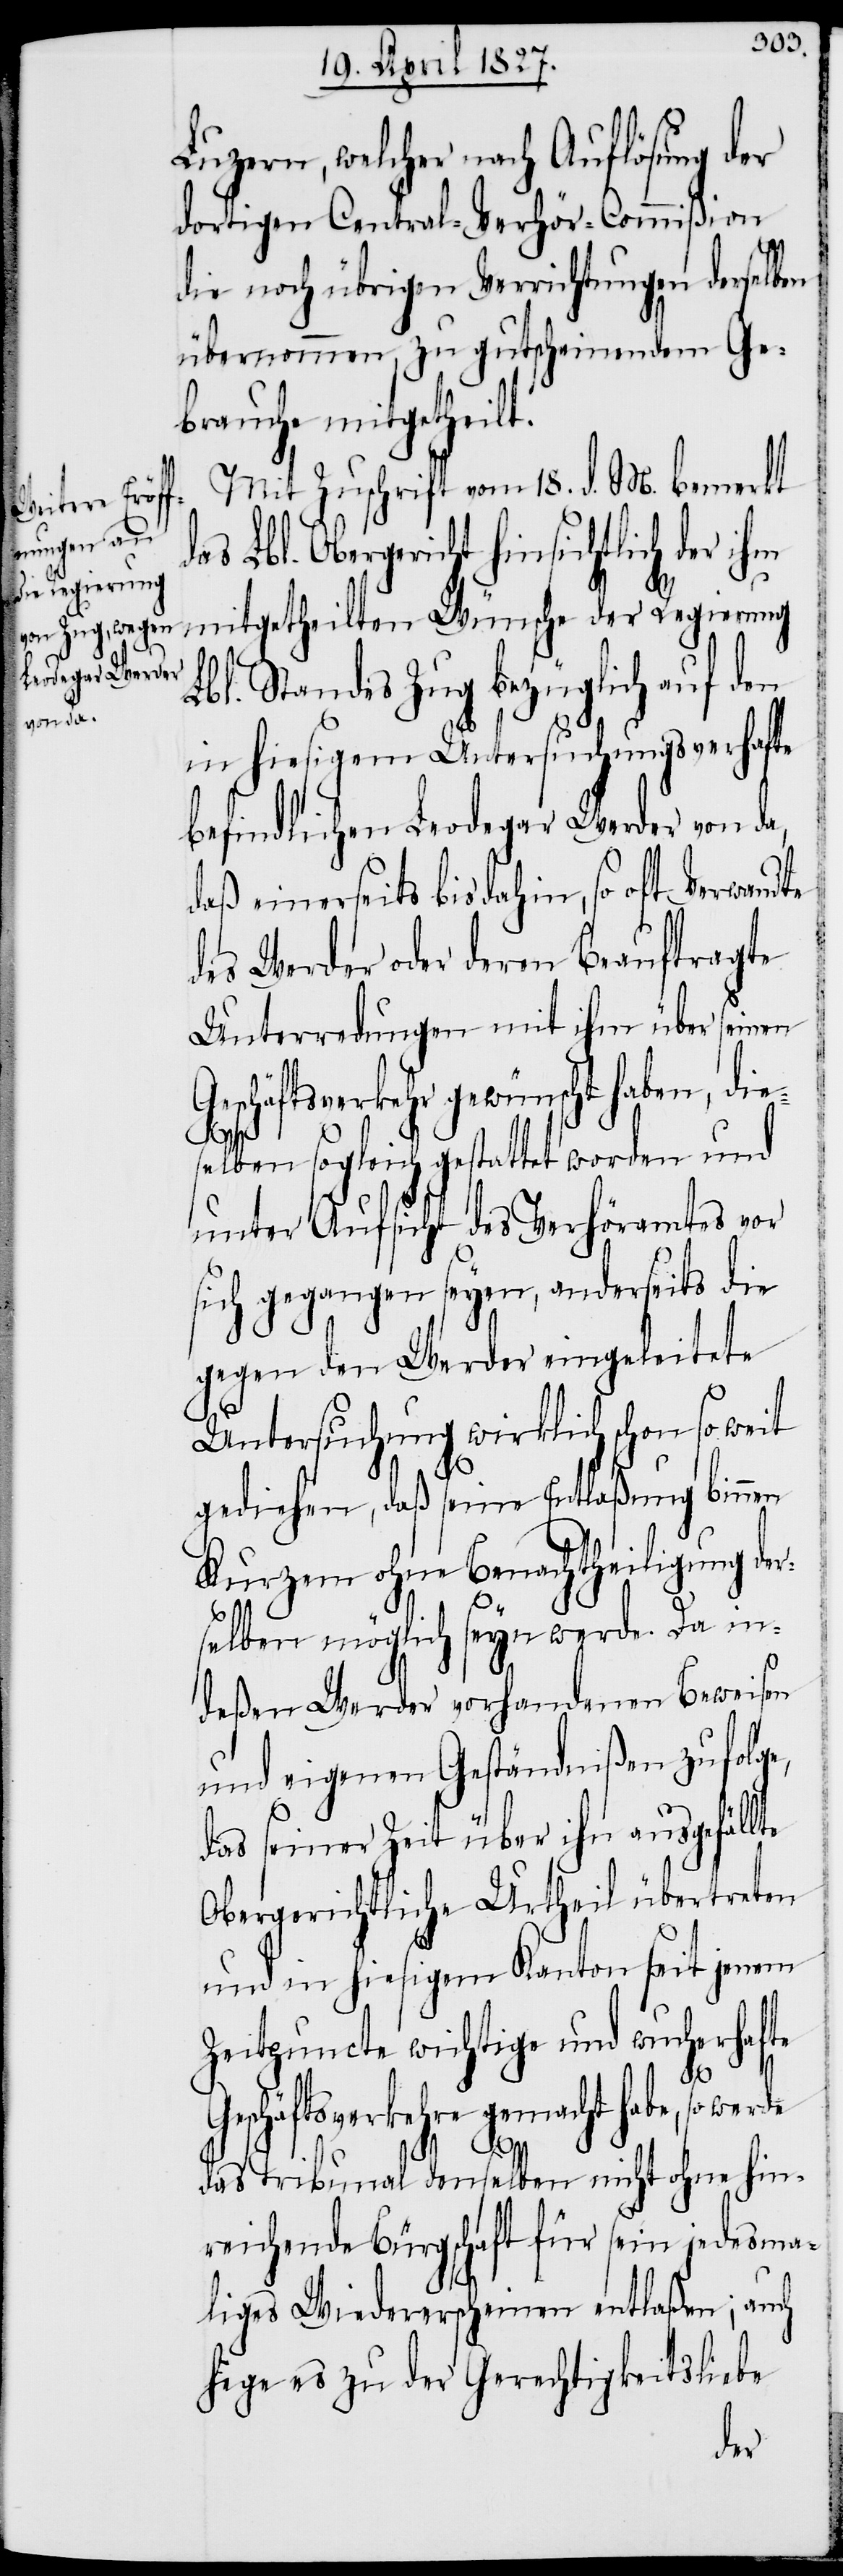
Luzern, welcher nach Auflösung der
dortigen Central-Verhör-Commißion
die noch übrigen Verrichtungen derselben
übernommen, zu gutscheinendem Ge¬
brauche mitgetheilt.
Mit Zuschrift vom 18. d. M. bemerkt
l. Obergericht hinsichtlich der ihm
mitgetheilten Wünsche der Regierung
Lbl. Standes Zug bezüglich auf den
in hiesigem Untersuchungsverhafte
befindlichen Leodegar Werder von da,
daß einerseits bis dahin, so oft Verwandte
des Werder oder deren Beauftragte
Unterredungen mit ihm über seinen
Geschäftsverkehr gewünscht haben, die¬
selben sogleich gestattet worden und
unter Aufsicht des Verhöramtes vor
sich gegangen seyen, anderseits die
gegen den Werder eingeleitete
Untersuchung wirklich schon so weit
gediehen, daß seine Entlaßung binnen
Kurzem ohne Benachtheiligung der¬
selben möglich seyn werde. Da in¬
deßen Werder vorhandenen Beweisen
und eigenen Geständnißen zufolge,
das seiner Zeit über ihn ausgefällte
Obergerichtliche Urtheil übertreten
und in hiesigem Kanton seit jenem
Zeitpuncte wichtige und wucherhafte
Geschäftsverkehre gemacht habe, so werde
Lb¬
das Tribunal denselben nicht ohne hin¬
reichende Bürgschaft für sein jedesma¬
liges Wiedererscheinen entlaßen, auch
hege es zu der Gerechtigkeitsliebe